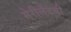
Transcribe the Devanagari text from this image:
मेरीलँडची